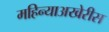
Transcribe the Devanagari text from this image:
महिन्याअखेरीस